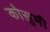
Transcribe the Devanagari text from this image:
कोसुमी